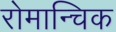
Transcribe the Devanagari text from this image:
रोमान्चिक